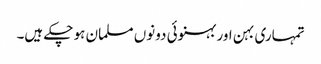
تمہاری بہن اور بہنوئی دونوں مسلمان ہو چکے ہیں۔